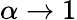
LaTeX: \alpha\to 1